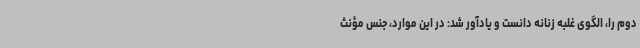
دوم را، الگوی غلبه زنانه دانست و یادآور شد: در این موارد، جنس مؤنث